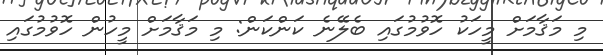
މި މަޤާމަށް މީހަކު ހޮވުމުގައި ބެލޭނެ ކަންކަން: މި މަޤާމަށް މީހުން ހޮވުމުގައި